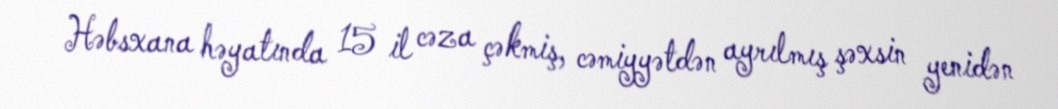
Həbsxana həyatında 15 il cəza çəkmiş, cəmiyyətdən ayrılmış şəxsin yenidən